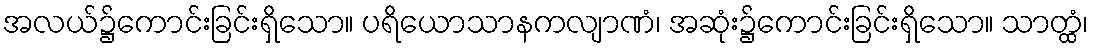
အလယ်၌ကောင်းခြင်းရှိသော။ ပရိယောသာနကလျာဏံ၊ အဆုံး၌ကောင်းခြင်းရှိသော။ သာတ္ထံ၊